Civil Veterinary Department. Madras. Admin. report 1910-25 - 1910-1925
Year: 1910
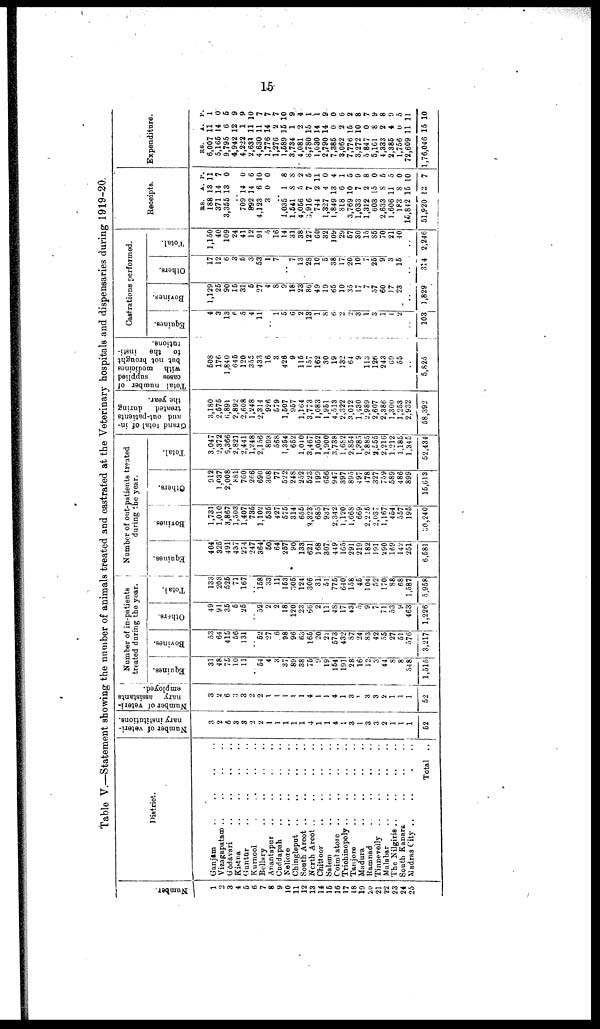
15
Table V.—Statement showing the number of animals treated and castrated at the Veterinary hospitals and dispensaries during 1919-20.
Number.
1
2
3
4
5
6
7
8
9
10
11
12
13
14
15
16
17
18
19
20
21
22
23
24
25
D
Ganjām ..
Vizagapatam ..
Gōdāvari ..
Kistna ..
Guntūr ..
Kurnool .
Bellary ..
Anantapur ..
Cuddapah ..
Nellore ..
Chingleput
..
South Arcot ..
North Arcot ..
Chittoor ..
Salem ..
Coimbatore
..
Trichinopoly ..
Tanjore ..
Madura ..
Ramnad ..
Tinnevelly ..
Malabar ..
The Nilgiris ..
South Kanara ..
Madras City ..
istrict.
..
..
..
..
..
..
..
..
..
..
..
..
..
..
..
..
..
..
..
..
..
..
..
..
..
..
..
..
..
..
..
..
..
..
..
..
..
..
..
..
..
..
..
..
..
..
..
..
..
.
Total
..
..
..
..
..
..
..
..
..
..
..
..
..
..
..
..
..
..
..
..
..
..
..
..
..
..
Number of veteri
nary institutions.
3
2
6
3
3
2
2
1
1
1
1
1
4
1
1
4
1
3
1
3
3
2
1
1
1
62
Number of veteri
nary
assistants
employed.
3
2
6
3
3
2
2
1
1
1
1
1
4
1
1
4
1
3
1
3
3
2
1
1
1
52
Number of in-patients
treated during the year.
Equines.
31
48
75
10
11
54
4
3
37
89
38
75
9
19
154
191
28
16
12
3
44
8
8
548
1,515
Bovines.
53
64
415
56
131
..
52
27
6
98
96
63
165
20
21
573
432
87
24
83
42
55
27
51
576
3,217
Others.
49
91
35
5
25
..
52
2
2
18
120
23
66
2
11
4S
17
43
5
9
7
71
53
9
463
1,226
Total.
133
203
525
71
167
..
158
33
11
153
305
124
306
31
51
775
640
158
45:
104|
52
170|
88
68
1,587
5,958
Number of out-patients treated
during the year.
Equines.
404
325
491
437
274
247
364
50
64
257
90
133
621
168
307
449
165
291
219
182
191
290
169
142
251
6,581
Bovines.
1,731
1,010
3,867
1,503
1,407
735
1,102
535
427
575
314
655
2,323
685
937
2,342
1,120
1,668
669
2,225
2,037
1,167
454
557
195
30,240
Others.
912
1,037
2,008
881
760
266
690
308
77
522
248
252
523
199
656
947
397
895
497
478
327
759
589
486
899
15,613
Total.
3,047
2,372
6,366
2,821
2,441
1,248
2.156
893
568
1,354
652
1,040
3,467
1,052
1,900
3,738
1,682
2,854
1,385
2.885
2,555
2,216
1,212
1,185
1,345
52,434
Grand total of in-
and out-patients
treated
during
the year.
3,180
2,575
6,891
2,892
2,608
1,248
2,314
926
579
1,507
957
1,164
3,773
1,083
1,951
4,513
2,322
3,012
1,430
2,989
2,607
2,386
1,300
1,253
2,932
58,392
Total number of
cases
supplied
with
medicines
but not brought
to
the
insti
tutions.
508
176
1,840
645
120
355
433
16
3
426
9
115
157
162
30
19
2 32
64
9
113
126
243
69
55
5,825
Castrations performed.
Equines.
4
3
13
6
5
4
11
1
5
6
2
13
1
8
6
2
2
3
1
3
1
1
2
103
Bovines.
1,129
25
90
15
31
5
27
4
8
9
18
23
80
49
19
65
10
35
17
7
57
60
17
23
..
1,829
Others.
17
12
6
3
5
3
53
1
7
7
13
28
10
5
38
17
20
10
7!
25j
9
3
15
314
Total.
1,150
40
109
24
41
12
91
5
16
14
31
38
127
60
32
109
29
57
30
15
S5
70
21
40
2,246
Receipts.
RS. A. P.
188 13 11
371 14 7
3,355 13 0
709 14 0
892 14 6
4,123 6 10
3 0 0
1,035 1 8
1,541 8 8
4,056 5 2
3,916 7 5
744 2 11
1,327 4 0
1,849 13 4
818 6 1
3,769 10 5
1,033 7 9
1,312
2 8
603 15 0
2,633 8 5
1,606 11 5
183 8 0
145,842 15 10
51,920 13 7
Expenditure.
RS.
A. P.
6,007 11 1
5,165 14 0
9,795 6 5
4,942 12 9
4,222 1 9
2,631 11 10
4,630 11 7
1,776 14 7
1,276 2 7
1,589 15 10
3,734 1 9
4,081 2 4
8,780 15 1
1,030 14 1
2,790 14 9
7,385 0 0
3,062 2 6
7,776 15 2
3.272 10 8
5 847 0 7
5,161 8 9
4,333 2 8
2,385 4 9
1,756 0 5
72,609 11 11
1,76,046 15 10